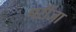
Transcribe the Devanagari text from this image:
परींजा